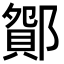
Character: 𨞆